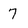
Character: 7